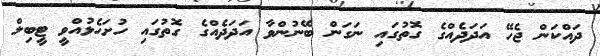
ދައްކަން ޖެހޭ އަދަދެއްގެ ގޮތުގައި ނަގަން ބޭނުންވާ އަދަދެއްގެ ގޮތުގައި ހުށަހެޅުއްވީ ޓީބިލް